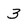
Character: 3